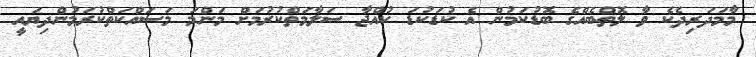
މާމަދަރިދެކެ ވާ ލޮތްބެއްގެ ބޮޑުކަމުން އެ ކުޑަކުޑަ ކުއްޖާ ސަލާމަތްކުރުމަށް މަންމަ މަސައްކަތްކުރަމުންދިޔައީ